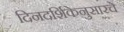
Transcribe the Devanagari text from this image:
दिनदर्शिकेनुसारचे